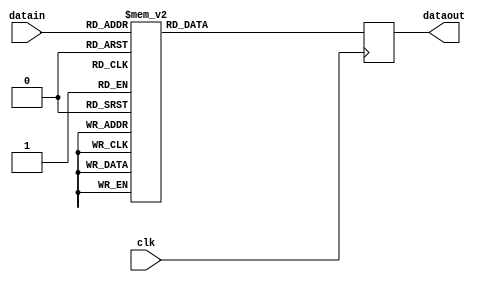
`timescale 1ns / 1ps
//////////////////////////////////////////////////////////////////////////////////
// Company: 
// Engineer: 
// 
// Design Name: 
// Module Name: seg_7
// Project Name: 
// Target Devices: 
// Tool Versions: 
// Description: 
// 
// Dependencies: 
// 
// Revision:
// Revision 0.01 - File Created
// Additional Comments:
// 
//////////////////////////////////////////////////////////////////////////////////


module seg_7(clk, dataout,datain);

    input clk;
    input[3:0] datain;
    output reg[6:0] dataout;

    always@(posedge clk )
        begin
        case(datain[3:0])
          4'b0000 :
              dataout <= 7'b1000000;
          4'b0001 :
              dataout <= 7'b1111001;
          4'b0010 :
              dataout <= 7'b0100100;
          4'b0011 :
              dataout <= 7'b0110000;
          4'b0100 :
              dataout <= 7'b0011001;
          4'b0101 :
              dataout <= 7'b0010010;
          4'b0110 :
              dataout <= 7'b0000010;
          4'b0111 :
              dataout <= 7'b1111000;
          4'b1000 :
              dataout <= 7'b0000000;
          4'b1001 :
              dataout <= 7'b0010000;
          4'b1010 :
              dataout <= 7'b0001000;
          4'b1011 :
              dataout <= 7'b0000011;
          4'b1100 :
              dataout <= 7'b1000110;
          4'b1101 :
              dataout <= 7'b0100001;
          4'b1110 :
              dataout <= 7'b0000110;
          4'b1111 :
              dataout <= 7'b0001110;
          default :
              dataout <= 7'b1000000;
        endcase
    end
endmodule